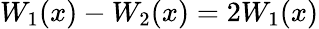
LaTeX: W_{1}(x)-W_{2}(x)=2W_{1}(x)